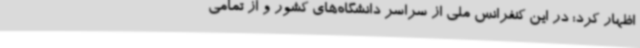
اظهار کرد: در این کنفرانس ملی از سراسر دانشگاه‌های کشور و از تمامی